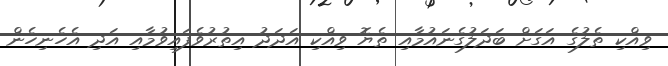
ވިއްކި ތެލުގެ އަގަށް ބަދަލުގެނައުމާއި ތެޔޮ ވިއްކި އަދަދު އިތުރުވެފައިވުމާއި އަދި އެހެނިިހެން